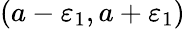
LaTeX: (a-\varepsilon_{1},a+\varepsilon_{1})